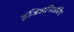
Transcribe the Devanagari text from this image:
इंजिअनिअरिंग